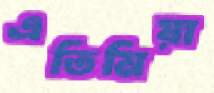
এতিমিয়া